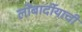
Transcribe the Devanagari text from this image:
लोंबार्दीयाची